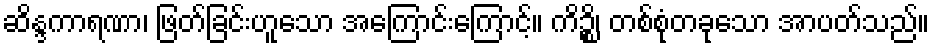
ဆိန္ဒကာရဏာ၊ ဖြတ်ခြင်းဟူသော အကြောင်းကြောင့်။ ကိဉ္စိ၊ တစ်စုံတခုသော အာပတ်သည်။